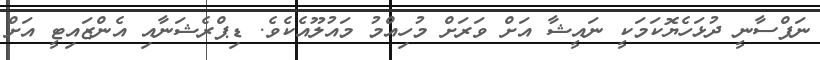
ނަފްސާނީ ދުޅަހެޔޮކަމަކީ ނައީޝާ އަށް ވަރަށް މުހިއްމު މައުލޫއެކެވެ. ޑިޕްރެޝަނާއި އެންޒައިޓީ އަށް